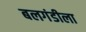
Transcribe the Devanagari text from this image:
बलगंडीला